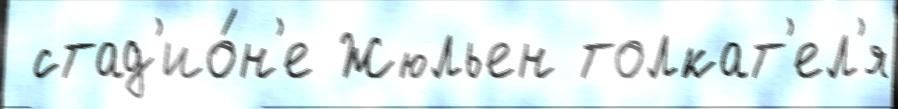
 стад'ио́н'е Жюльен толкат'ел'я